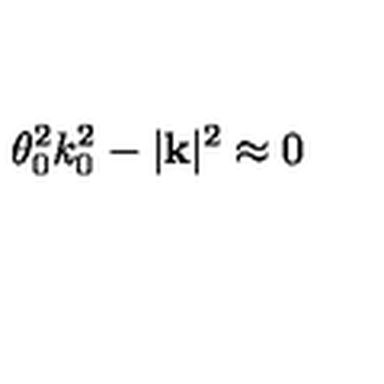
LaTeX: \theta _ { 0 } ^ { 2 } k _ { 0 } ^ { 2 } - | \mathbf { k } | ^ { 2 } \approx 0